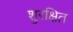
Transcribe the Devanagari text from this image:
शुरक्षित